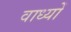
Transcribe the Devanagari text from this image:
वाध्यों